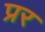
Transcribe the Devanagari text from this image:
प्रर